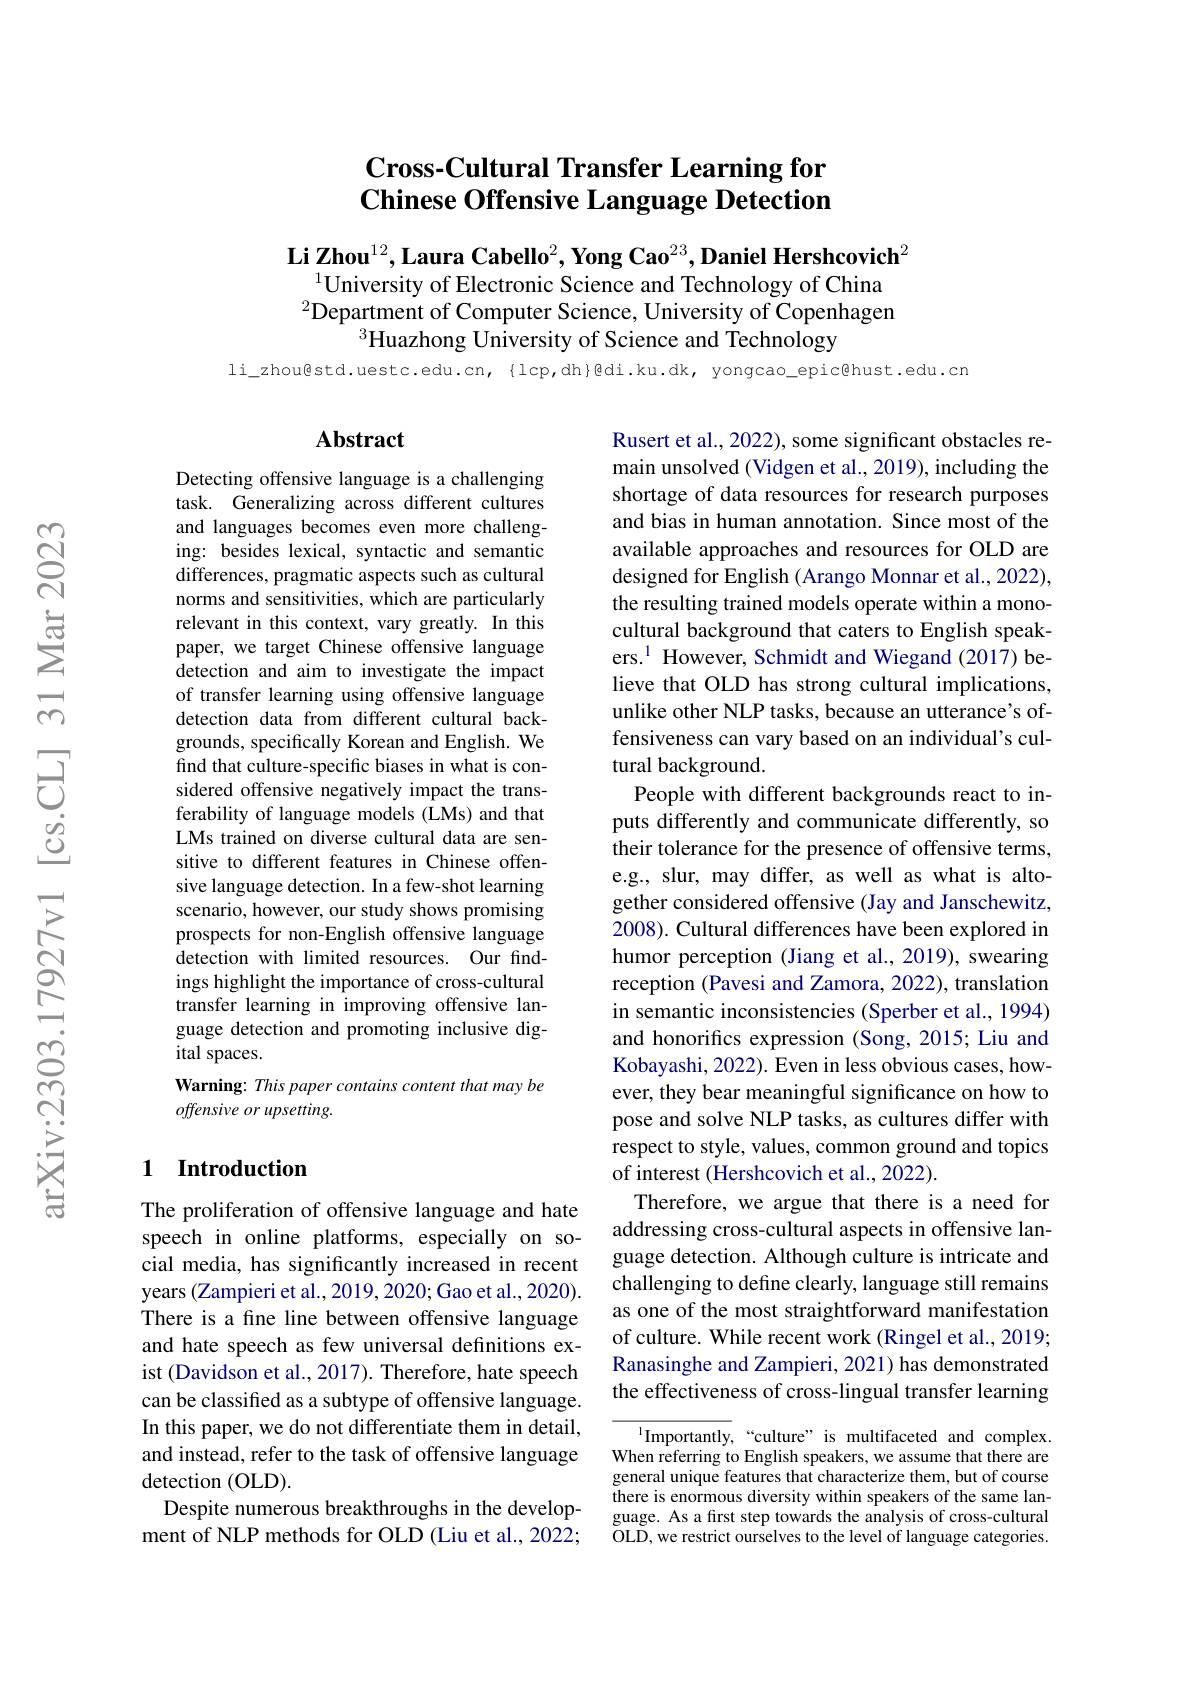
Cross-Cultural Transfer Learning for $\textbf{Chinese Offensive Language Detection}$

Li Zhou$^12,\textbf{Laura Cabello}^2,\textbf{Yong Cao}^{23},\textbf{Daniel Hershcovich}^2$
$^{1}$University of Electronic Science and Technology of China $^{2}\dot{\text{Department of Computer Science, University of Copenhagen}}$
$^{3}$Huazhong University of Science and Technology

$li\_zhou@std.uestc.edu.cn,{lcp,dh}@di.ku.dk,yongcao_epic@hust.edu.cn$

### $\mathbf{Abstract}$

Detecting offensive language is a challenging task. Generalizing across different cultures and languages becomes even more challenging: besides lexical, syntactic and semantic differences, pragmatic aspects such as cultural norms and sensitivities, which are particularly relevant in this context, vary greatly. In this paper, we target Chinese offensive language detection and aim to investigate the impact of transfer learning using offensive language detection data from different cultural backgrounds, specifically Korean and English. We find that culture-specific biases in what is considered offensive negatively impact the transferability of language models (LMs) and that LMs trained on diverse cultural data are sensitive to different features in Chinese offensive language detection. In a few-shot learning scenario, however, our study shows promising prospects for non-English offensive language detection with limited resources. Our findings highlight the importance of cross-cultural transfer learning in improving offensive language detection and promoting inclusive digital spaces.
Warning: This paper contains content that may be
offensive or upsetting.

Rusert et al., 2022), some significant obstacles remain unsolved (Vidgen et al., 2019), including the shortage of data resources for research purposes and bias in human annotation. Since most of the available approaches and resources for OLD are designed for English (Arango Monnar et al., 2022), the resulting trained models operate within a monocultural background that caters to English speakers.$^{1}$ However, Schmidt and Wiegand (2017) believe that OLD has strong cultural implications, unlike other NLP tasks, because an utterance's offensiveness can vary based on an individual's cultural background.
People with different backgrounds react to inputs differently and communicate differently, so their tolerance for the presence of offensive terms, e.g., slur, may differ, as well as what is altogether considered offensive (Jay and Janschewitz, 2008). Cultural differences have been explored in humor perception (Jiang et al., 2019), swearing reception (Pavesi and Zamora, 2022), translation in semantic inconsistencies (Sperber et al., 1994) and honorifics expression (Song, 2015; Liu and Kobayashi, 2022). Even in less obvious cases, however, they bear meaningful significance on how to pose and solve NLP tasks, as cultures differ with respect to style, values, common ground and topics of interest (Hershcovich et al., 2022)
Therefore, we argue that there is a need for addressing cross-cultural aspects in offensive language detection. Although culture is intricate and challenging to define clearly, language still remains as one of the most straightforward manifestation of culture. While recent work (Ringel et al., 2019; Ranasinghe and Zampieri, 2021) has demonstrated the effectiveness of cross-lingual transfer learning
Importantly,“culture” is multifaceted and complex.

### 1 $\textbf{Introduction}$

The proliferation of offensive language and hate speech in online platforms, especially on social media, has significantly increased in recent years (Zampieri et al., 2019, 2020; Gao et al., 2020). There is a fine line between offensive language and hate speech as few universal definitions exist (Davidson et al., 2017). Therefore, hate speech can be classified as a subtype of offensive language. In this paper, we do not differentiate them in detail, and instead, refer to the task of offensive language detection (OLD).
Despite numerous breakthroughs in the development of NLP methods for OLD (Liu et al., 2022;

When referring to English speakers, we assume that there are general unique features that characterize them, but of course there is enormous diversity within speakers of the same language. As a first step towards the analysis of cross-cultural OLD, we restrict ourselves to the level of language categories.